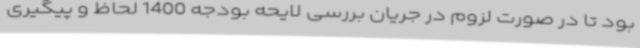
بود تا در صورت لزوم در جریان بررسی لایحه بودجه 1400 لحاظ و پیگیری